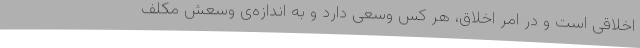
اخلاقی است و در امر اخلاق، هر کس وسعی دارد و به اندازه‌ی وسعش مکلف